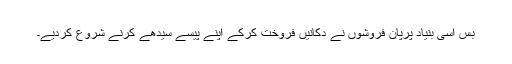
بس اسی بنیاد پرپان فروشوں نے دکانیں فروخت کرکے اپنے پیسے سیدھے کرنے شروع کردیے۔